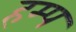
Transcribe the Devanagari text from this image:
हम्प